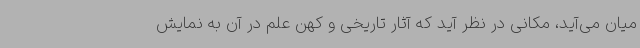
میان می‌آید، مکانی در نظر آید که آثار تاریخی و کهن علم در آن به نمایش